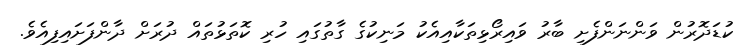
ކުޑަދޮރުން ވަންނަންފެށި ބާރު ވައިރޯޅިތަކާއިއެކު މަނިކުގެ ގާތުގައި ހުރި ކޮތަޅުތައް ދުރަށް ދާންފަށައިފިއެވެ.